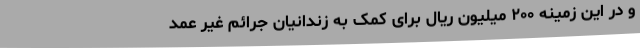
و در این زمینه ۲۰۰ میلیون ریال برای کمک به زندانیان جرائم غیر عمد